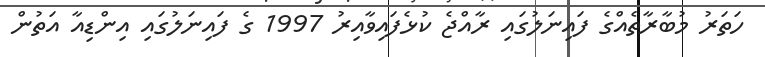
ހަތަރު މުބާރާތެއްގެ ފައިނަލުގައި ރާއްޖެ ކުޅެފައިވާއިރު 1997 ގެ ފައިނަލުގައި އިންޑިއާ އަތުން